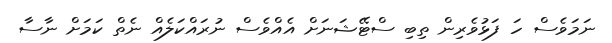
ނަމަވެސް ހަ ފަޅުވެރިން ތިބި ސްޓޭޝަނަށް އެއްވެސް ނުރައްކަލެއް ނެތް ކަމަށް ނާސާ